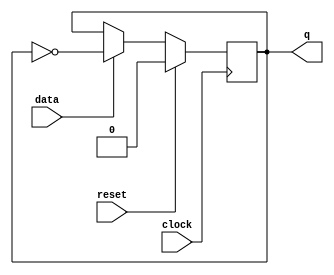

module tff_sync_reset (
		       data  , // Data Input
		       clock   , // Clock Input
		       reset , // Reset input
		       q       // Q output
		       );
   
//-----------Input Ports---------------
input data, clock, reset ; 
//-----------Output Ports---------------
output q;
//------------Internal Variables--------
reg q;

   always @ ( posedge clock)
     if (reset) begin
	q <= 1'b0;
     end else if (data) begin
	q <= !q;
     end

endmodule